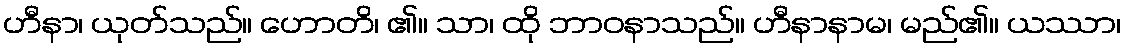
ဟီနာ၊ ယုတ်သည်။ ဟောတိ၊ ၏။ သာ၊ ထို ဘာဝနာသည်။ ဟီနာနာမ၊ မည်၏။ ယဿာ၊